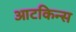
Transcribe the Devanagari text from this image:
आटकिन्स